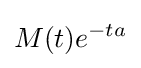
M(t)e^{-ta}